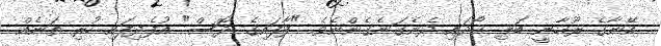
އޭނާގެ ރޫޙާނީ ބަލި ޙޯދައި ދެނެގަނެގެންނެވެ. "ފާފައިގެ ދޮސް" އުފެދިފައި ހުރި ތަނެއް